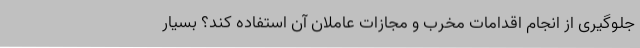
جلوگیری از انجام اقدامات مخرب و مجازات عاملان آن استفاده کند؟ بسیار